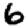
Digit: 6